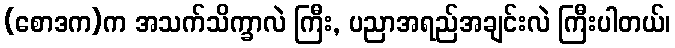
(စောဒက)က အသက်သိက္ခာလဲ ကြီး, ပညာအရည်အချင်းလဲ ကြီးပါတယ်၊